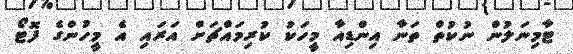
ޓާމިނަލުން ނުކުތް ތަނާ އިންޑިއާ މީހަކު ކުރިމައްޗަށް އަރައި އެ މީހުންގެ ފޮޓޯ